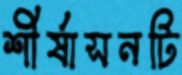
শীর্ষাসনটি